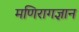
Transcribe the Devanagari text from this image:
मणिरागज्ञान